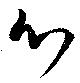
心